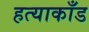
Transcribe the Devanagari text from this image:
हत्याकाँड